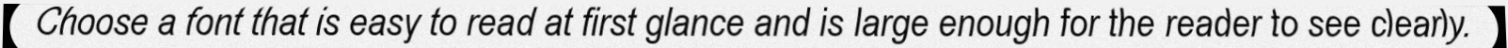
Choose a font that is easy to read at first glance and is large enough for the reader to see clearly.